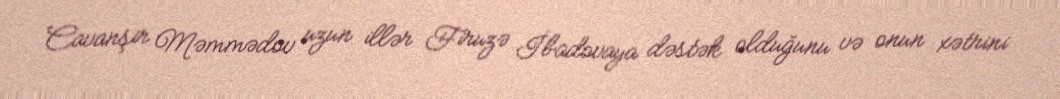
Cavanşir Məmmədov uzun illər Firuzə İbadovaya dəstək olduğunu və onun xətrini